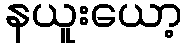
နယူးယော့